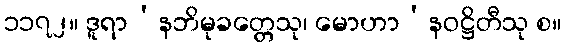
၁၁၇၂။ ဒူရာ’နဘိမုခတ္တေသု၊ မောဟာ’နဝဋ္ဌိတီသု စ။